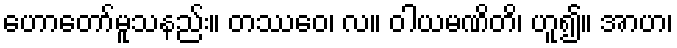
ဟောတော်မူသနည်း။ တဿေဝ၊ လ။ ဝါယမဏိတိ၊ ဟူ၍။ အာဟ၊